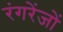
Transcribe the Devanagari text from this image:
रंगरेंजों